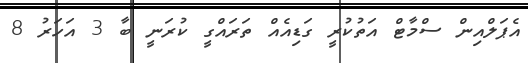
އެޕަލްއިން ސްމާޓް އަތުކުރީ ގަޑިއެއް ތަރައްގީ ކުރަނީ ބާ 3 އަހަރު 8